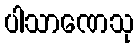
ပါသာဏေသု